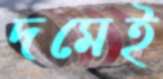
দমেই